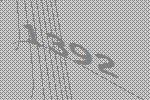
1392